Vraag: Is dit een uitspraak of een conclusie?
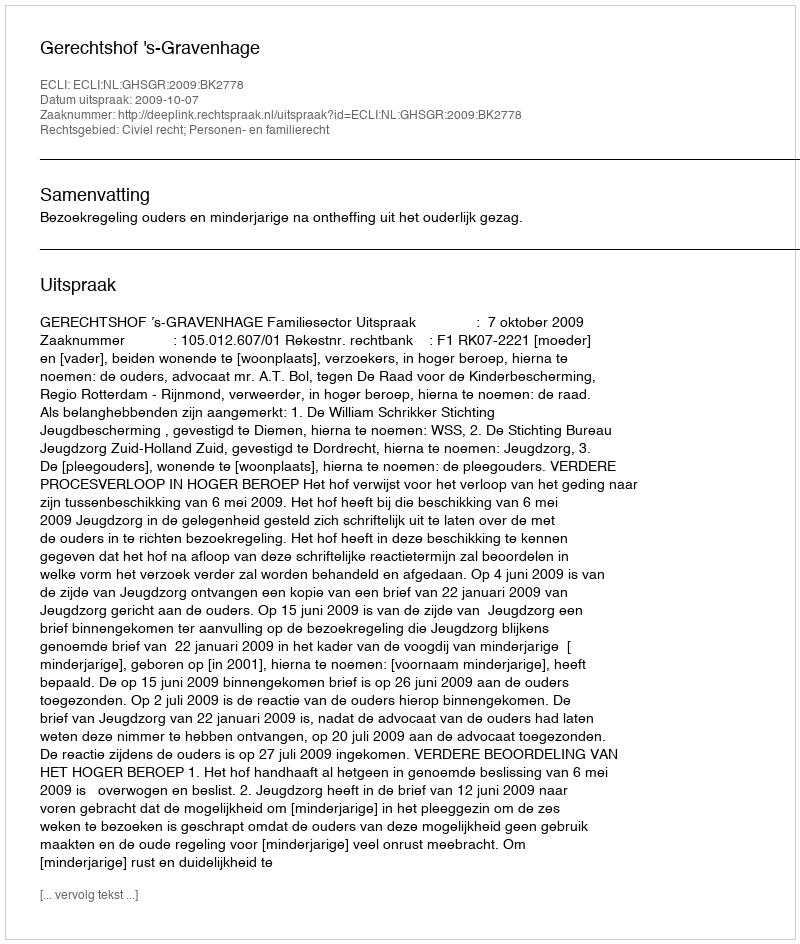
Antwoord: Uitspraak